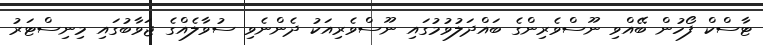
ޓާސްކް ފޯހުން ބޭއްވި ނޫސްވެރިންގެ ބައްދަލުވުމުގައި ނޫސްވެރިއަކު ދެންނެވި ސުވާލެއްގެ ޖަވާބުގައި މިނިސްޓަރު